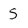
Character: S